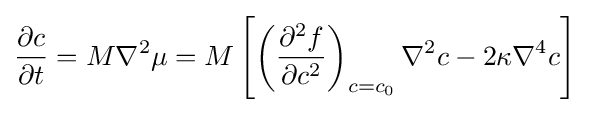
{\frac {\partial c}{\partial t}}=M\nabla ^{2}\mu =M\left[\left({\frac {\partial ^{2}f}{\partial c^{2}}}\right)_{c=c_{0}}\nabla ^{2}c-2\kappa \nabla ^{4}c\right]